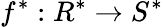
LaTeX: f^{*}:R^{*}\to S^{*}